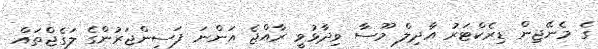
ގެ މެނޭޖިން ޑިރެކްޓަރު އާދިލް މޫސާ ވިދާޅުވީ ރާއްޖެ އަންނަ ފަސިންޖަރުންގެ ލަގެޖްތައް